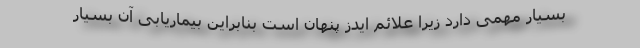
بسیار مهمی دارد زیرا علائم ایدز پنهان است بنابراین بیماریابی آن بسیار